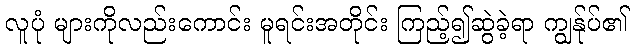
လူပုံ များကိုလည်းကောင်း မူရင်းအတိုင်း ကြည့်၍ဆွဲခဲ့ရာ ကျွန်ုပ်၏